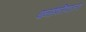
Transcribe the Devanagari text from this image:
बानहोफस्विएरलेट